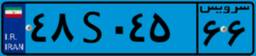
۴۸S۰۴۵۶۶